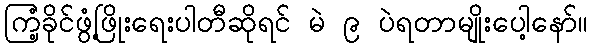
ကြံ့ခိုင်ဖွံ့ဖြိုးရေးပါတီဆိုရင် မဲ ၉ ပဲရတာမျိုးပေါ့နော်။